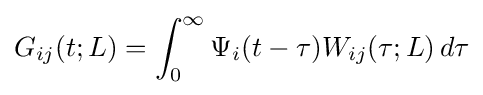
G_{ij}(t;L)=\int _{0}^{\infty }\Psi _{i}(t-\tau )W_{ij}(\tau ;L)\,d\tau